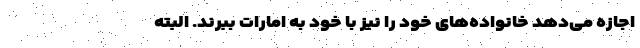
اجازه می‌دهد خانواده‌های خود را نیز با خود به امارات ببرند. البته